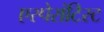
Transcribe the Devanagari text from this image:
एस्पेरांटिस्ट